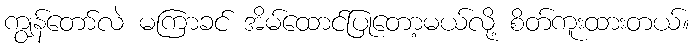
ကျွန်တော်လဲ မကြာခင် အိမ်ထောင်ပြုတော့မယ်လို့ စိတ်ကူးထားတယ်။